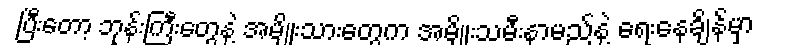
ပြီးတော့ ဘုန်းကြီးတွေနဲ့ အမျိုးသားတွေက အမျိုးသမီးနာမည်နဲ့ ရေးနေချိန်မှာ